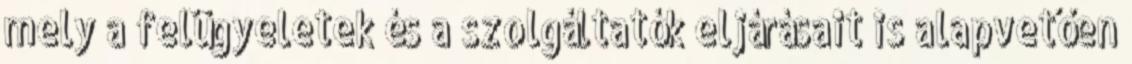
mely a felügyeletek és a szolgáltatók eljárásait is alapvetően